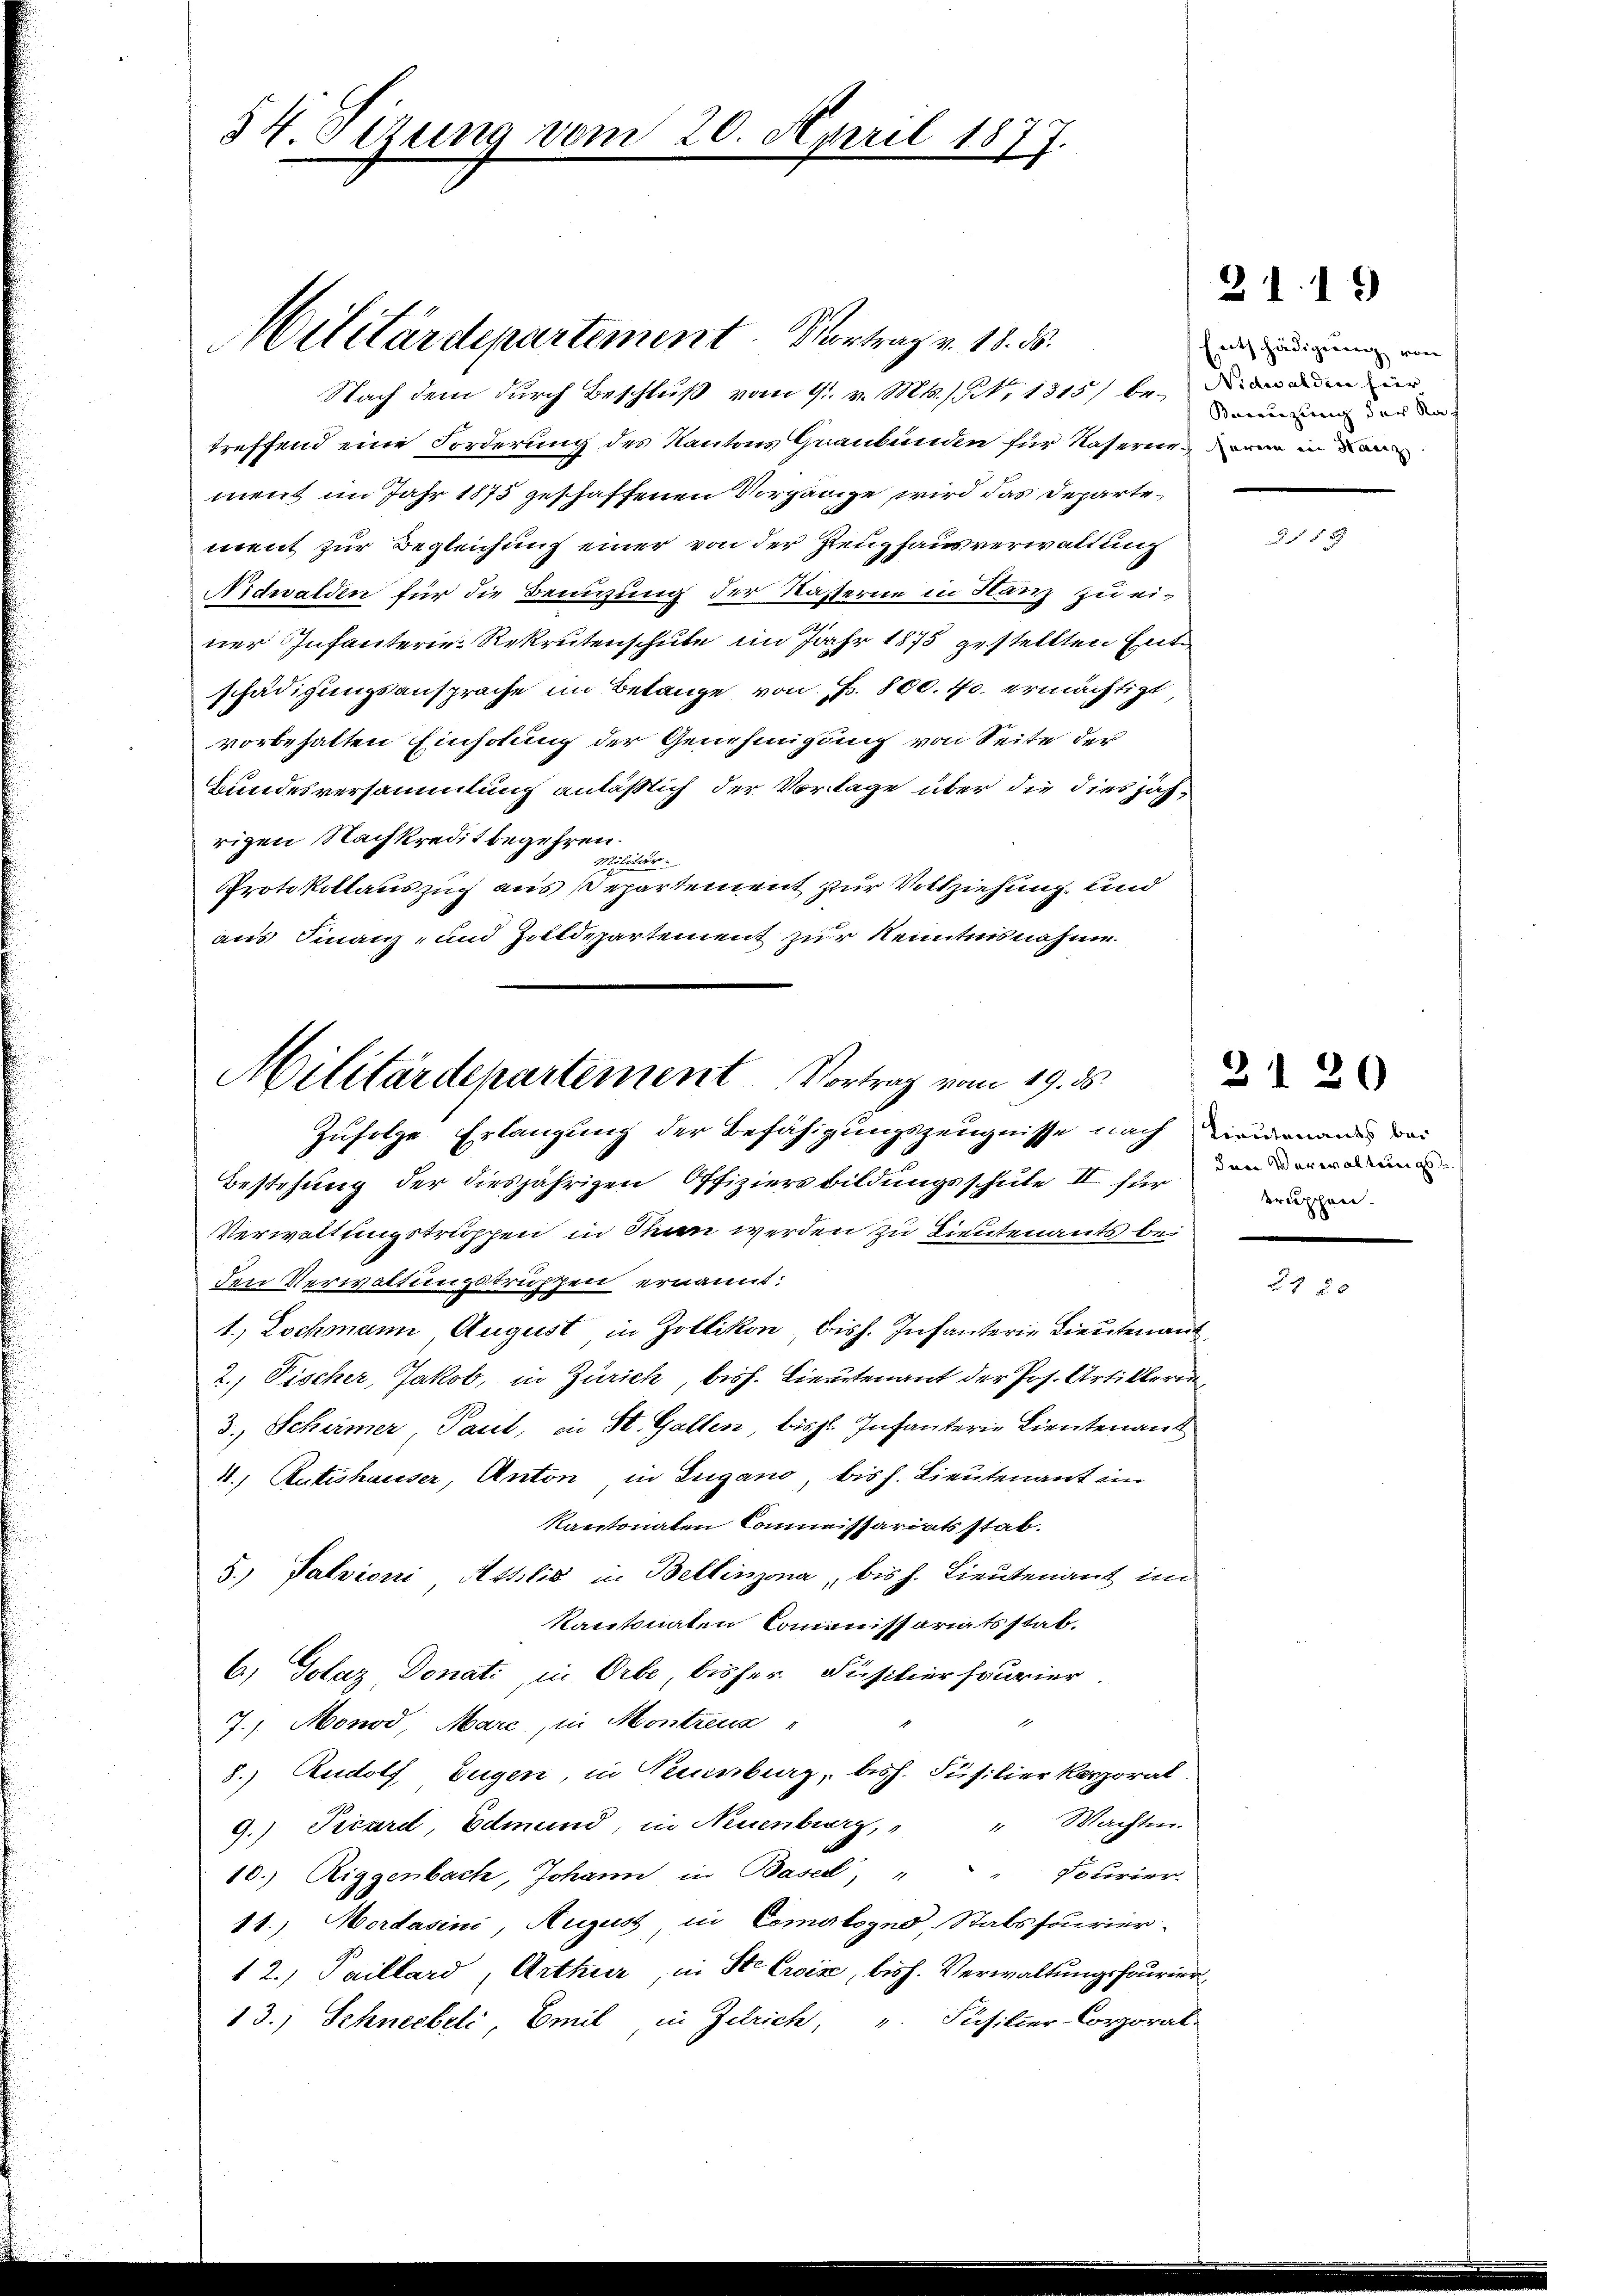
34. Sizung vom 20. April 1877.

Nach dem durch Beschluß vom 11. v. Mts., 1315) bei an den in
treffend eine Forderung des Kantons Graubünden für Nasernein in der
ment im Jahr 1875 geschaffenen Vorgänge wird das Departement zur Begleichung einer von der Zeughausverwaltung
Nidwalden für die Beugung der Kasserne in Tanz zu einer Infanterie-Rekrutenschule im Jahr 1875 gestellten Ent
schädigungsansprache im Belange von Fr. 800. 40. ermächtigt
vorbehalten Einholung der Genehmigung von Seite der
Bundesversammlung anläßlich der Vorlage über die dies jährigen Nachkredit begehren.
Militär.
Protokollauszug aus Departement zur Vollziehung und
aus Finanz- und Zolldepartement zur Kenntnisnahme.

Militärdepartement. Vortrag v. 18. 85.

Militärdepartement Vortrag vom 19. ds.
Zufolge Erlangung der Befähigungszeugnisse nach Birmenand das

Entschädigung von
Bereuzung der Nach

21. 19

Bestehung der diesjährigen Offiziers bildungsschule II. für
Verwaltungstruppen in Stan werden zu Lieutenants bei
den Verwittungstruppen ernannt:
1.) Lochmann August in Zollikon bish. Infanterie Lieutenant
2.) Fischer, Jakob, in Zürich, bish. Lieutenant der Jos. Artiklerin¬
3., Schirmer, Paul, in St. Gallen, bist. Infanterie Lieutenant
4.) Rutishauser, Anton in Lugano, bis s. Lieutenant im
kantonaten Commissariatsstab.
5.) Salvioni, Attilić in Bellinzona, bis h. Lieutenant im
kantonaten Commissariatsstat.
6.) Dolaz, Donati, in Orbe, bisher Füsilier sourier.
7.) Monod, Mare, in Montreus
8.) Rudolf, Eugen, in Neuenburg, biss. Füsilier Korporal.
9.) Picard, Edmund, in Neuenburg, " " Wachten.
10.) Riggenbach, Johann in Basel, " " Fourier.
11.) Mordasini, August in Comatogno-Stabsfourier-
12.) Paillard, Arthur, in Ste Crois, bish. Verwaltungsfourier
13.) Schneebeli, Emil in Zutrich, u. Füsilier-Corporal-

58

Ien Verwaltungs
Brüschen.

2120

80